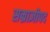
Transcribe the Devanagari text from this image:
सम्राज्ञीपद